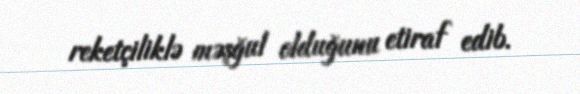
reketçiliklə məşğul olduğunu etiraf edib.